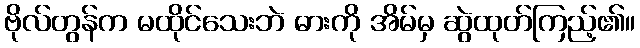
ဗိုလ်တွန်က မထိုင်သေးဘဲ ဓားကို အိမ်မှ ဆွဲထုတ်ကြည့်၏။